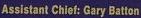
Assistant Chief: Gary Batton